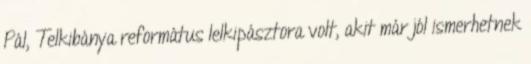
Pál, Telkibánya református lelkipásztora volt, akit már jól ismerhetnek